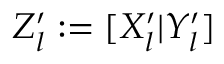
Z _ { l } ^ { \prime } : = [ X _ { l } ^ { \prime } | Y _ { l } ^ { \prime } ]